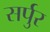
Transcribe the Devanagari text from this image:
सर्पुर